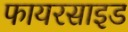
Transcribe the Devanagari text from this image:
फायरसाइड